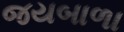
જયબાળા